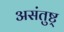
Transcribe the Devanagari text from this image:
असंतुष्ट्